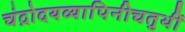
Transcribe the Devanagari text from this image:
चंद्रोदयव्यापिनीचतुर्थी